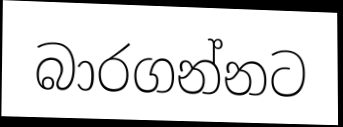
බාරගන්නට